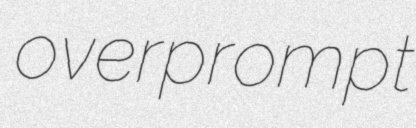
overprompt